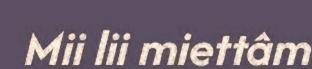
Mii lii miettâm